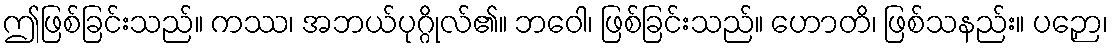
ဤဖြစ်ခြင်းသည်။ ကဿ၊ အဘယ်ပုဂ္ဂိုလ်၏။ ဘဝေါ၊ ဖြစ်ခြင်းသည်။ ဟောတိ၊ ဖြစ်သနည်း။ ပဉှော၊